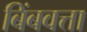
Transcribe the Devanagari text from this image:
बिंबवत्ता